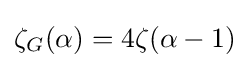
\textstyle \zeta _{G}(\alpha )=4\zeta (\alpha -1)